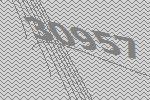
30957